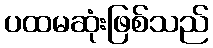
ပထမဆုံးဖြစ်သည်